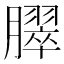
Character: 臎